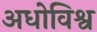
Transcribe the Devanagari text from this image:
अधोविश्व